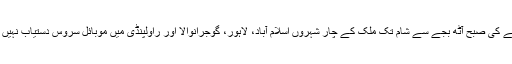
جمعے کی صبح آٹھ بجے سے شام تک ملک کے چار شہروں اسلام آباد، لاہور، گوجرانوالا اور راولپنڈی میں موبائل سروس دستیاب نہیں تھی۔